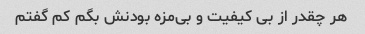
هر چقدر از بی کیفیت و بی‌مزه بودنش بگم کم گفتم